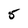
Character: 5